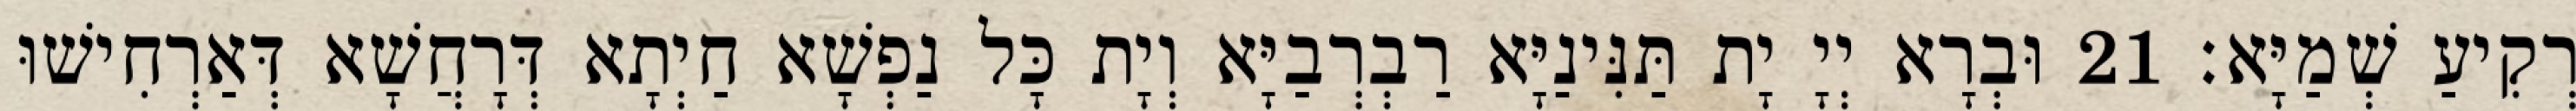
רְקִיעַ שְׁמַיָּא׃ 21 וּבְרָא יְיָ יָת תַּנִּינַיָּא רַבְרְבַיָּא וְיָת כָּל נַפְשָׁא חַיְתָא דְּרָחֲשָׁא דְּאַרְחִישׁוּ